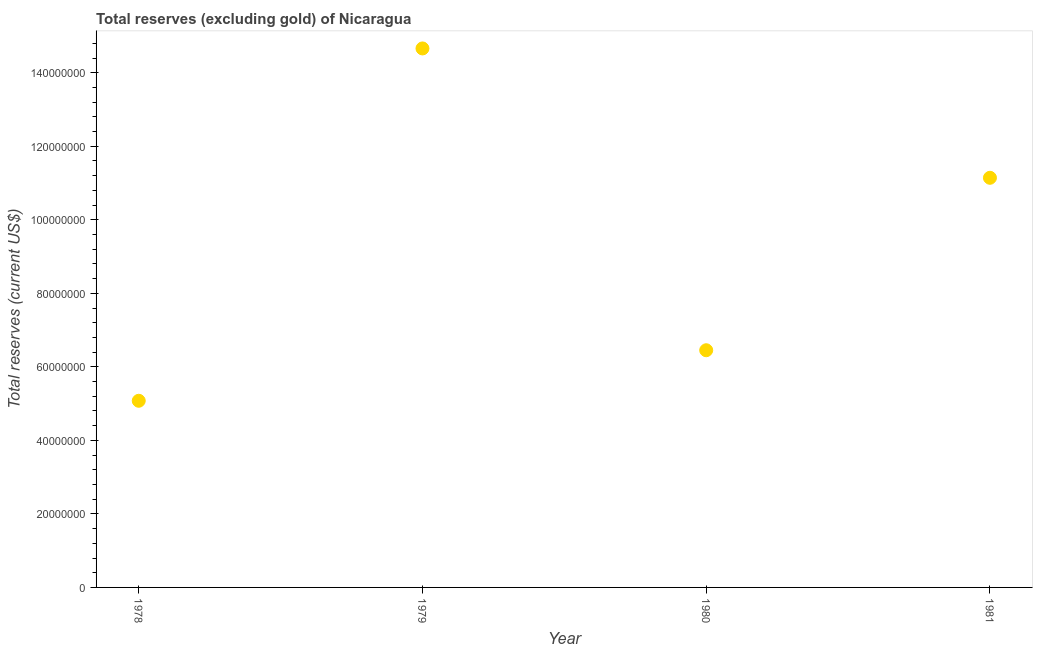
| Year | Total reserves minus gold (current US$) |
 | --- | --- |
 | 1978 | 5.08e+07 |
 | 1979 | 1.47e+08 |
 | 1980 | 6.45e+07 |
 | 1981 | 1.11e+08 |